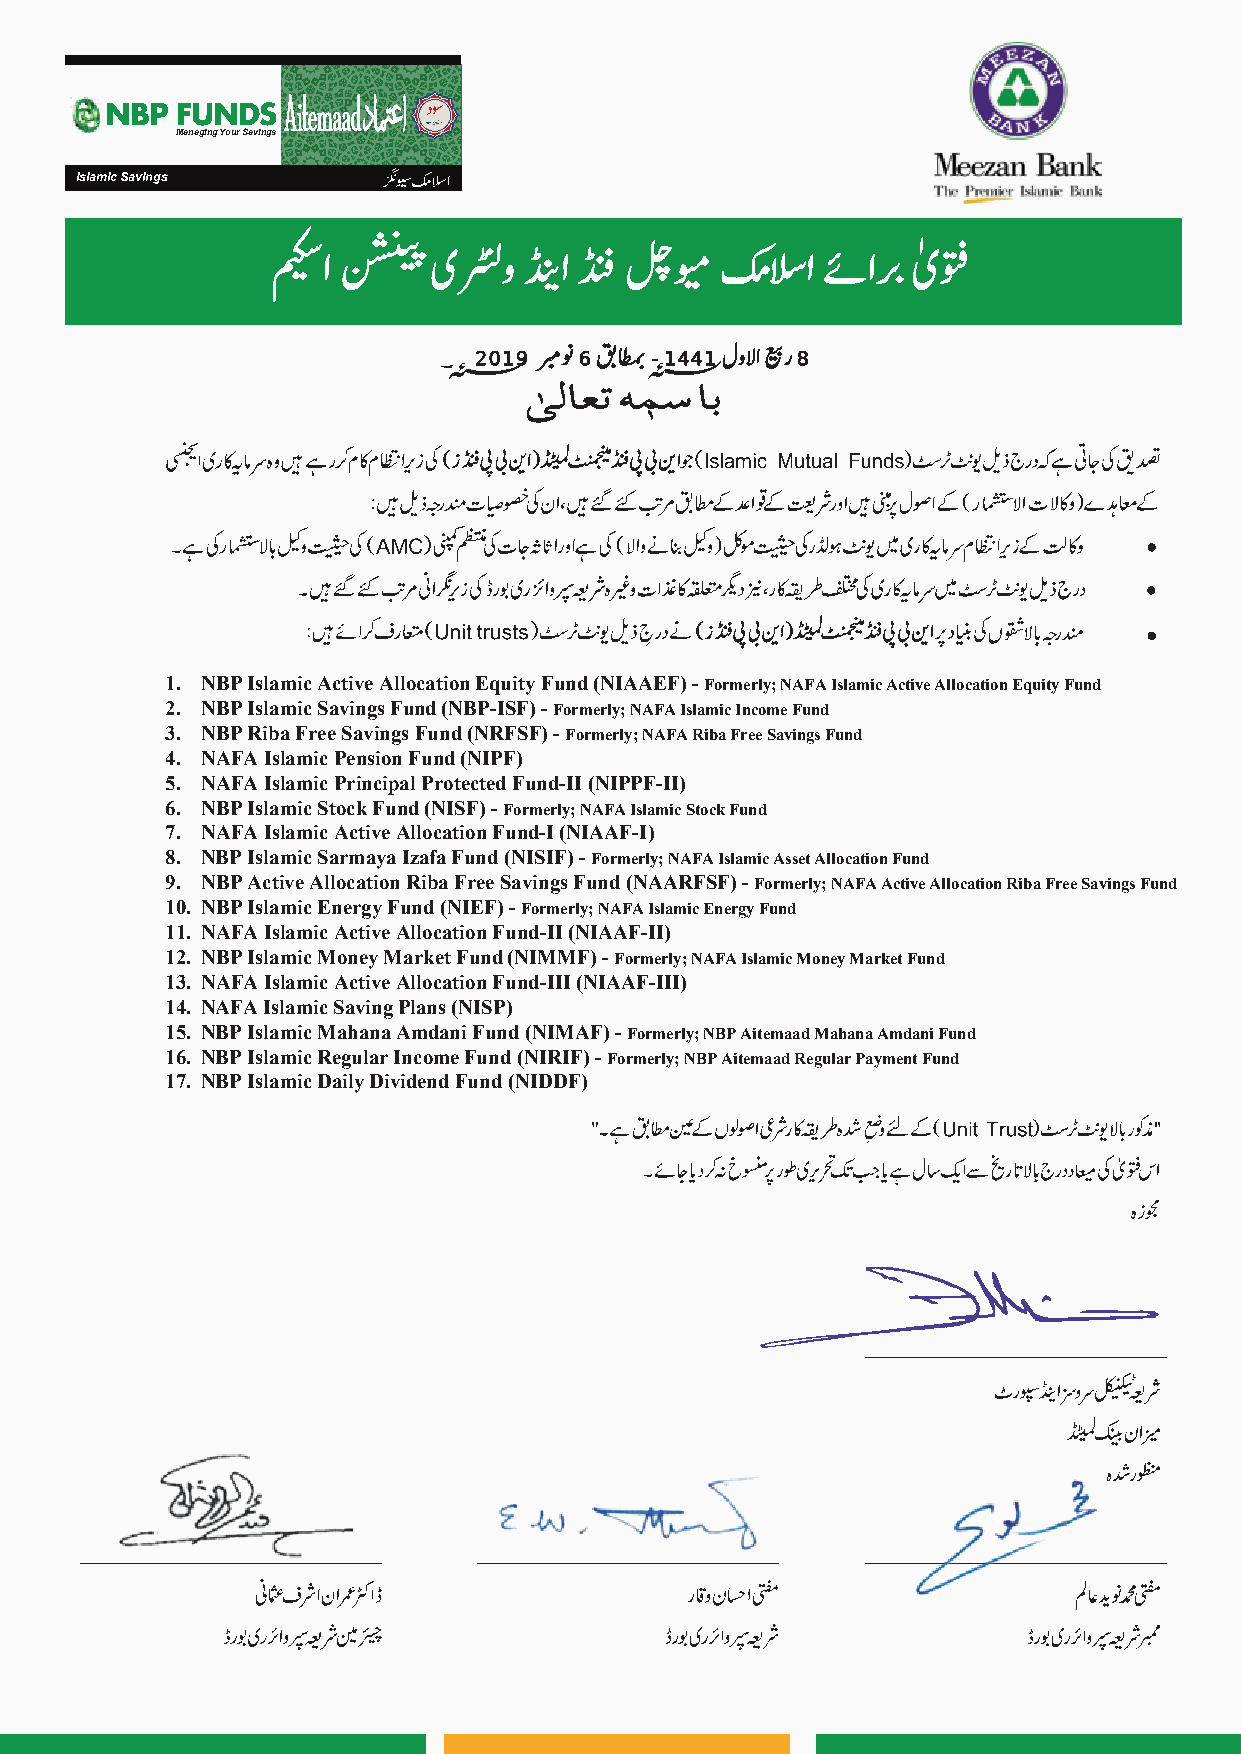
NBP  FUNDS
 Managing Your Savings
 Islamic Savings
 �
 �
 �
 ��  �
 ���
 �� ����
 ������
 �� ��� � ��    �����
 �������
 ٰ��
 ۔؁ 2019 �� 6 �� -؁ 1441 ������ ���8
 1. NBP Islamic Active Allocation Equity Fund (NIAAEF) - Formerly; NAFA Islamic Active Allocation Equity Fund
 2. NBP Islamic Savings Fund (NBP-ISF) - Formerly; NAFA Islamic Income Fund
 3. NBP Riba Free Savings Fund (NRFSF) - Formerly; NAFA Riba Free Savings Fund
 4. NAFA Islamic Pension Fund (NIPF)
 5. NAFA Islamic Principal Protected Fund-II (NIPPF-II)
 6. NBP Islamic Stock Fund (NISF) - Formerly; NAFA Islamic Stock Fund
 7. NAFA Islamic Active Allocation Fund-I (NIAAF-I)
 8. NBP Islamic Sarmaya Izafa Fund (NISIF) - Formerly; NAFA Islamic Asset Allocation Fund
 9. NBP Active Allocation Riba Free Savings Fund (NAARFSF) - Formerly; NAFA Active Allocation Riba Free Savings Fund
 10. NBP Islamic Energy Fund (NIEF) - Formerly; NAFA Islamic Energy Fund
 11. NAFA Islamic Active Allocation Fund-II (NIAAF-II)
 12. NBP Islamic Money Market Fund (NIMMF) - Formerly; NAFA Islamic Money Market Fund
 13. NAFA Islamic Active Allocation Fund-III (NIAAF-III)
 14. NAFA Islamic Saving Plans (NISP)
 15. NBP Islamic Mahana Amdani Fund (NIMAF) - Formerly; NBP Aitemaad Mahana Amdani Fund
 16. NBP Islamic Regular Income Fund (NIRIF) - Formerly; NBP Aitemaad Regular Payment Fund
 17. NBP Islamic Daily Dividend Fund (NIDDF)